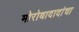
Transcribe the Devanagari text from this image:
मोरोबादादांचा